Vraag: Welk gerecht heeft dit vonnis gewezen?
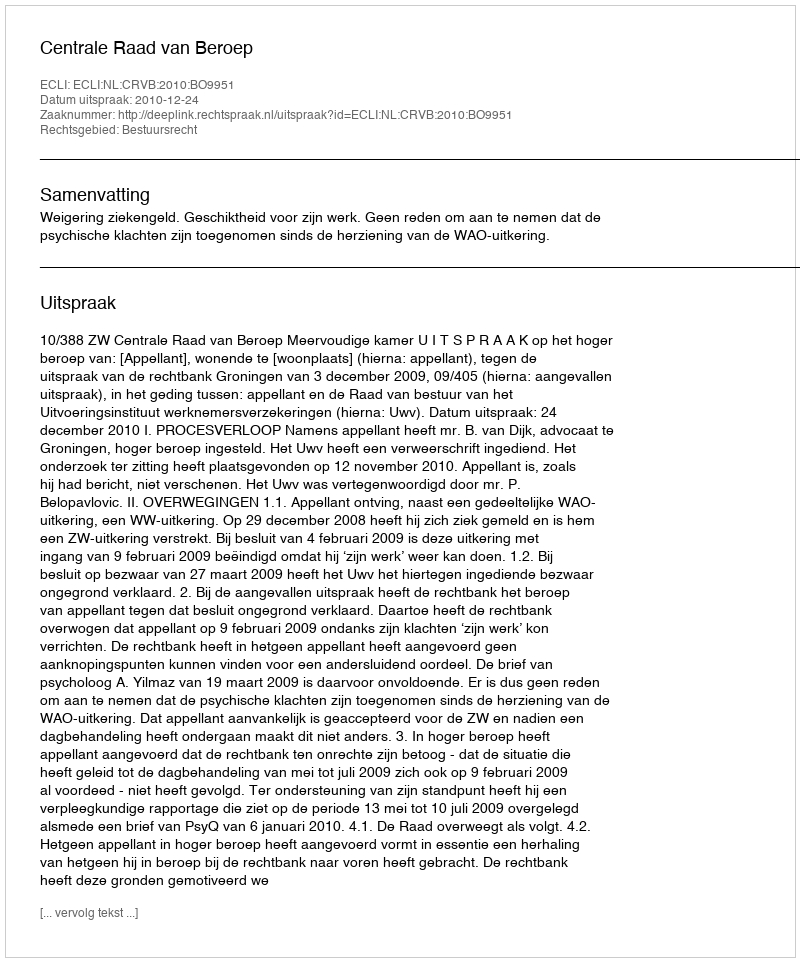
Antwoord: Centrale Raad van Beroep